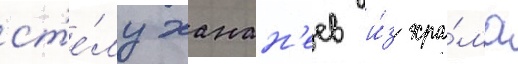
ст'е́лу ханан'еев и́з хра́ма